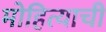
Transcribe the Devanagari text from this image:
मोहित्याची